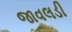
જાવલડી